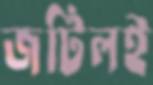
জটিলই